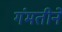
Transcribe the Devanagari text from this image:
गंमतीने